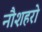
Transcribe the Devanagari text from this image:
नौशहरो